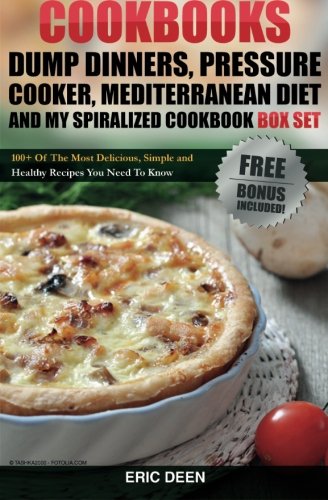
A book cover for Cookbooks: Dump Dinners, Pressure Cooker, Mediterranean Diet and My Spiralized Cookbook Box Set: Over 100 Delicious And Healthy Recipes For You And Your Family; Eric Deen; Cookbooks, Food & Wine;